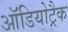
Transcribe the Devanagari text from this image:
ऑडियोट्रैक